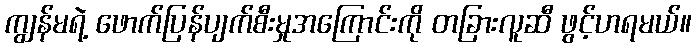
ကျွန်မရဲ့ ဖောက်ပြန်ပျက်စီးမှုအကြောင်းကို တခြားလူဆီ ဖွင့်ဟရမယ်။